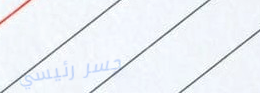
جسر رئيسي